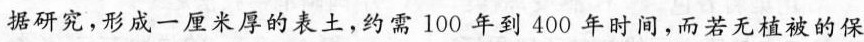
据研究，形成一厘米厚的表土，约需100年到400年时间，而若无植被的保